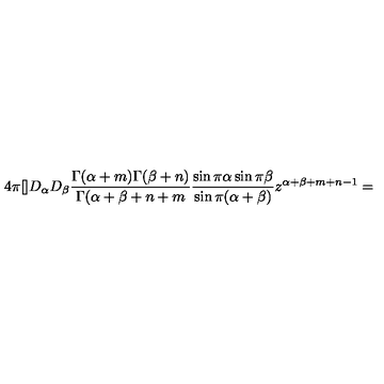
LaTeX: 4 \pi [ ] D _ { \alpha } D _ { \beta } \frac { \Gamma ( \alpha + m ) \Gamma ( \beta + n ) } { \Gamma ( \alpha + \beta + n + m } \frac { \sin \pi \alpha \sin \pi \beta } { \sin \pi ( \alpha + \beta ) } z ^ { \alpha + \beta + m + n - 1 } =